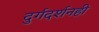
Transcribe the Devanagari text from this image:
दुर्गदर्शनही